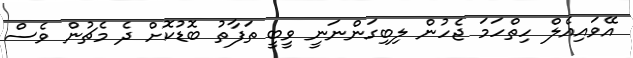
އޭވައިއެލް ހިތްހަމަ ޖެހުން ލިބިގަންނަނީ ވީބީ ތަފާތު ބޮޑުކޮށް ދެ މެޗުން ވެސް